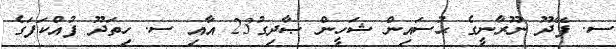
ސ. ފޭދޫ ނޫރާނީގެ ޙުސައިން ޝަހީން ޞާދިގު23 އާއި ސ. ހިތަދޫ ފުއްކަފަގެ